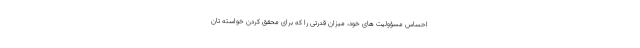
احساس مسؤولیت های خود، میزان قدرتی را که برای محقق کردن خواسته تان